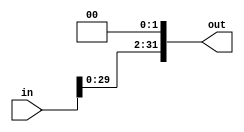
`timescale 1ns / 1ps
//////////////////////////////////////////////////////////////////////////////////
// Company: 
// Engineer: 
// 
// Design Name: 
// Module Name:    Shift 
// Project Name: 
// Target Devices: 
// Tool versions: 
// Description: 
//
// Dependencies: 
//
// Revision: 
// Revision 0.01 - File Created
// Additional Comments: 
//
//////////////////////////////////////////////////////////////////////////////////
module Shift(in,out);
   input [31:0]in;
	output [31:0]out;
	reg [31:0]out;
   
	always @ (in)begin
	   out = in<<2;
   end
endmodule